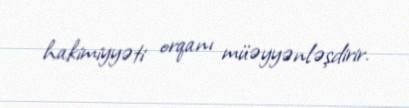
hakimiyyəti orqanı müəyyənləşdirir.